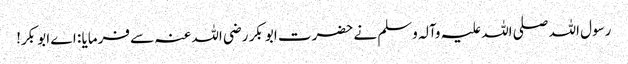
رسول اللہ صلی اللہ علیہ وآلہ وسلم نے حضرت ابو بکر رضی اللہ عنہ سے فرمایا : اے ابو بکر!